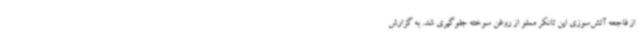
از فاجعه آتش‌سوزی این تانکر مملو از روغن سوخته جلوگیری شد. به گزارش